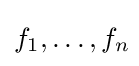
f_{1},\ldots ,f_{n}\!